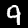
Label: 9